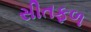
સીતફળ